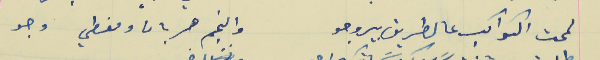
لمحت الكواكب عالطريق بيروجو                                      والنجم هربان ومغطي وجو